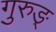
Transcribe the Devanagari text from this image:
गुरुङ्‌